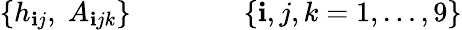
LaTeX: \{ h_{\mathbf{i}j},\; A_{\mathbf{i}jk}\} \qquad\qquad\{ \mathbf{i},j,k=1,\dots,9\}